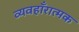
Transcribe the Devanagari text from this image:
व्यवहाँरात्मक